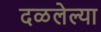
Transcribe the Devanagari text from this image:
दळलेल्या